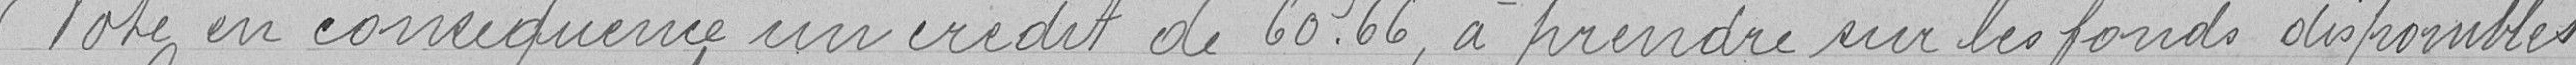
Vote en conséquence un crédit de 60.66, à prendre sur les fonds disponibles